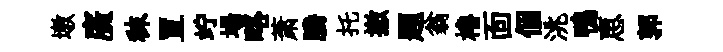
墩廣秣罝竚場略萧騰托撤题翁櫓靣個洮鴨恵郭